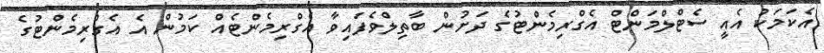
އެކަމަކު އެއީ ސެޓްލްމަންޓް އެގްރިމެންޓުގެ ދަށުން ބާތިލްވެފައިވާ އެގްރިމެންޓެއް ކަމުން އެ އެގްރިމެންޓުގެ